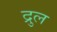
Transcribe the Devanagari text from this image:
द्रुल